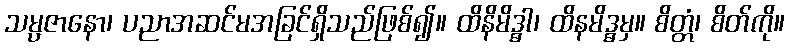
သမ္ပဇာနော၊ ပညာအဆင်မအခြင်ရှိသည်ဖြစ်၍။ ထိနိမိဒ္ဓါ၊ ထိနမိဒ္ဓမှ။ စိတ္တံ၊ စိတ်ကို။